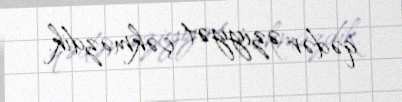
qədər əziyyət çəkməzdik.